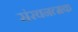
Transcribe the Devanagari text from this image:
संरचनत्मक